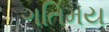
ગતિમય